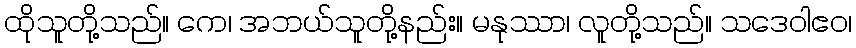
ထိုသူတို့သည်။ ကေ၊ အဘယ်သူတို့နည်း။ မနုဿာ၊ လူတို့သည်။ သဒေဝါဧဝ၊